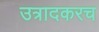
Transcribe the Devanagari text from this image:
उत्रादकरच